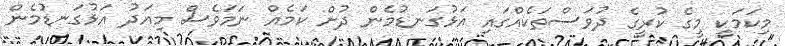
މިކަމަކީ މީގެ ކުރީގެ ދުވަސްތަކެއްގައި އަޅުގަނޑުމެން ދުށް ކަމެއް ނަމަވެސް މިއަދު އަޅުގަނޑުމެން